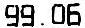
99.06